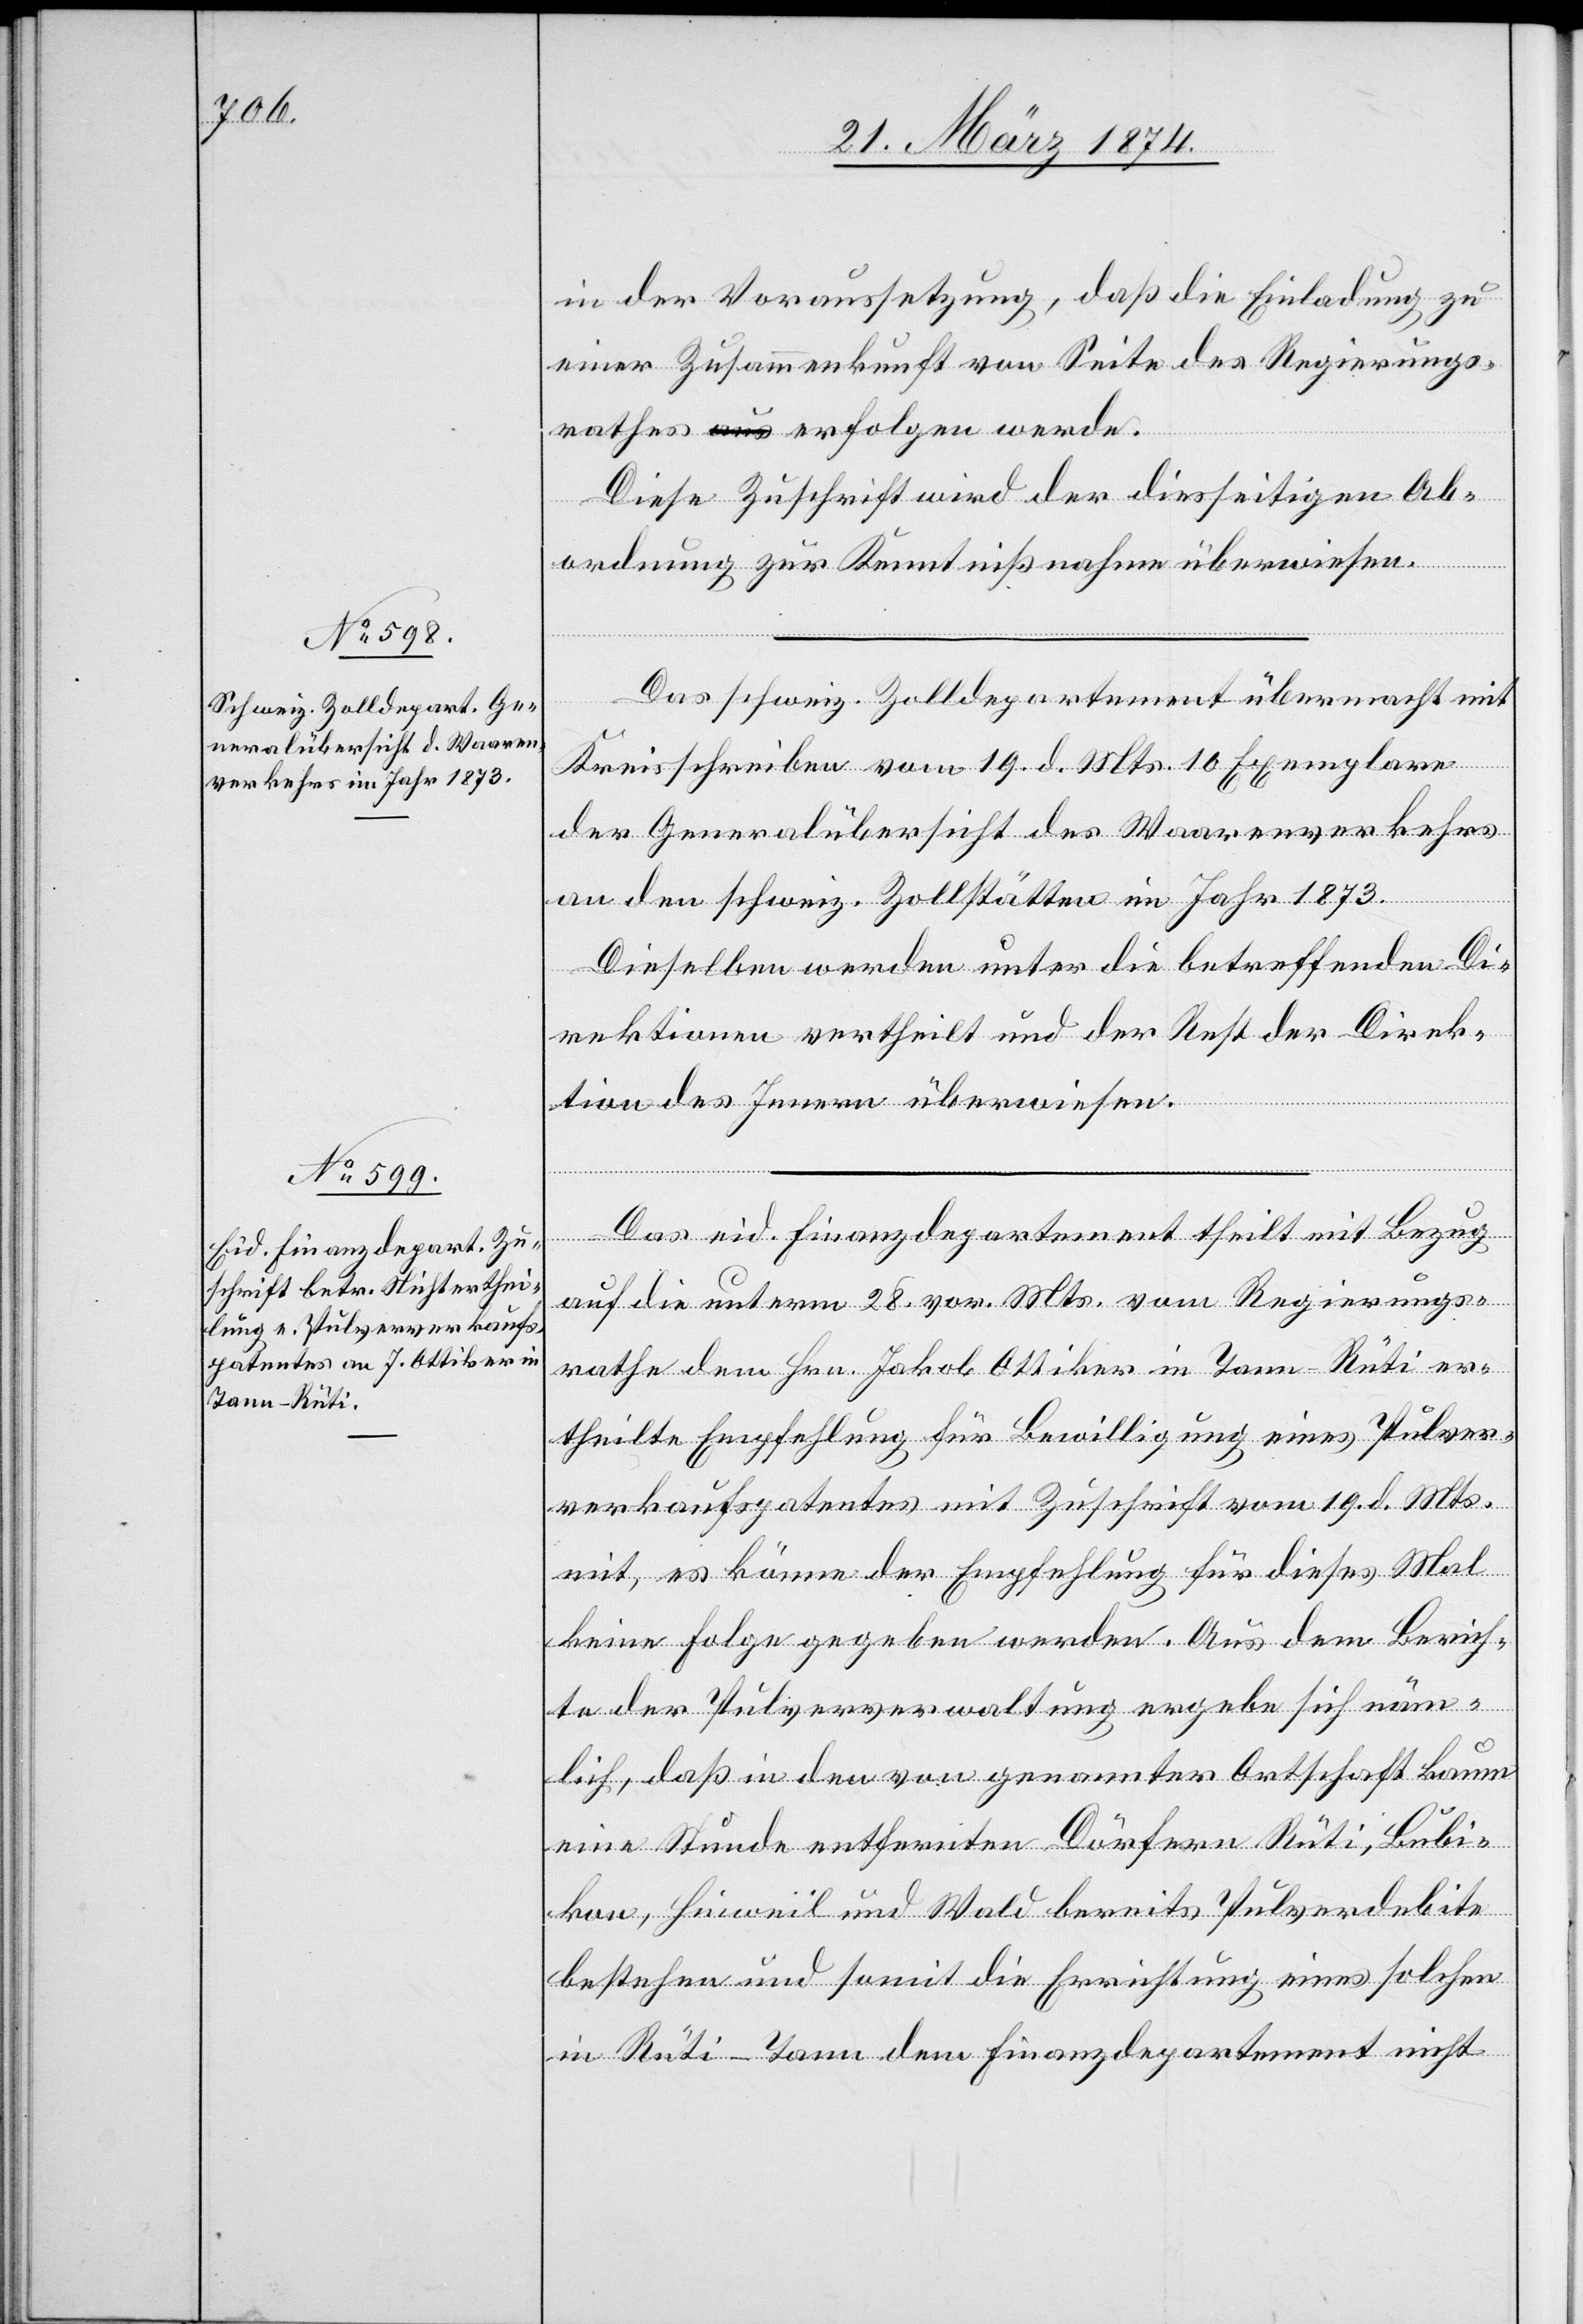
in der Voraussetzung, daß die Einladung zu
einer Zusammenkunft von Seite des Regierungs¬
rathes erfolgen werde.
Diese Zuschrift wird der diesseitigen Ab¬
ordnung zur Kenntnißnahme überwiesen.
Das schweiz. Zolldepartement übermacht mit
Kreisschreiben vom 19. d. Mts. 10 Exemplare
der Generalübersicht des Waarenverkehrs
an den schweiz. Zollstätten im Jahr 1873.
Dieselben werden unter die betreffenden Di¬
rektionen vertheilt und der Rest der Direk¬
tion des Innern überwiesen.
Das eid. Finanzdepartement theilt mit Bezug
auf die unterm 28. vor. Mts. vom Regierungs¬
rathe dem Hrn. Jakob Ottiker in Tann-Rüti er¬
theilte Empfehlung für Bewilligung eines Pulver¬
verkaufspatentes mit Zuschrift vom 19. d. Mts.
mit, es könne der Empfehlung für dieses Mal
keine Folge gegeben werden. Aus dem Berich¬
te der Pulververwaltung ergebe sich näm¬
lich, daß in den von genannter Ortschaft kaum
eine Stunde entfernten Dörfern Rüti, Bubi¬
kon, Hinweil und Wald bereits Pulverdebite
bestehen und somit die Errichtung eines solchen
in Rüti-Tann dem Finanzdepartement nicht